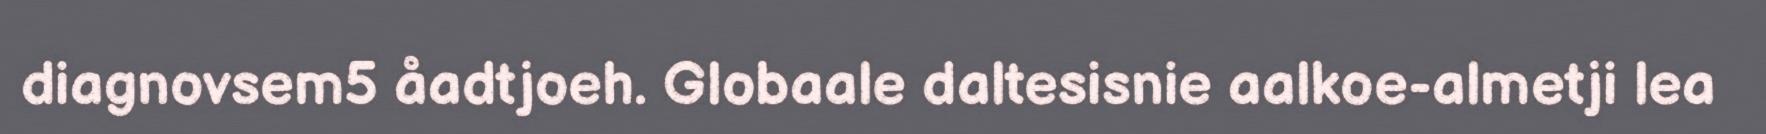
diagnovsem5 åadtjoeh. Globaale daltesisnie aalkoe-almetji lea